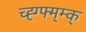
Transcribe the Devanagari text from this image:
च्ह्ग्फ्म्म्क्